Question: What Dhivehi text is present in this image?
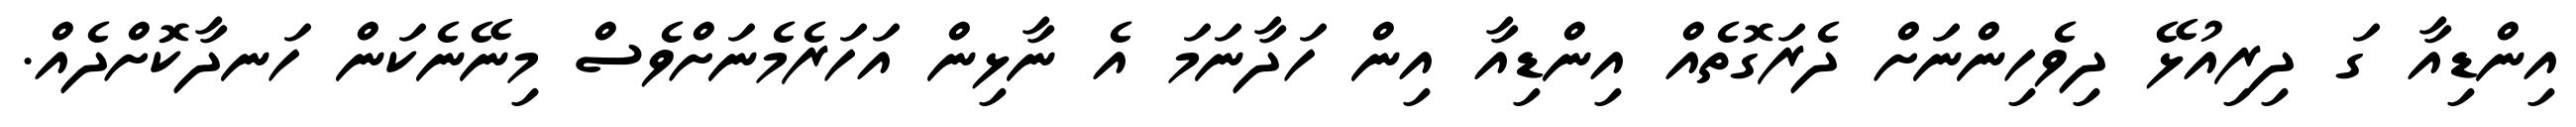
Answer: އިންޑިއާ ގަ ދިރިއުޅޭ ދިވެހިންނަށް ދެރަގޮތެއް އިންޑިއާ އިން ހަދާނަމަ އެ ނާޅިން އަހަރެމެނަށްވެސް މިނޭނެކަން ހަނދާކޮށްދެއް.